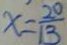
x = \frac { 2 0 } { 1 3 }